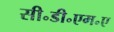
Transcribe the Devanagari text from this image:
सी॰डी॰एम॰ए